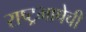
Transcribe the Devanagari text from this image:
राष्ट्रभाषेची